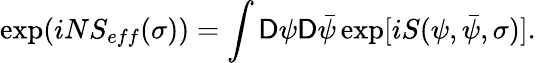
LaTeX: \exp(iNS_{eff}(\sigma))=\int\mathsf{D}\psi\mathsf{D}\bar{{\psi}}\exp[iS(\psi,\bar{{\psi}},\sigma)].